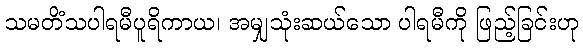
သမတိံသပါရမီပူရိကာယ၊ အမျှသုံးဆယ်သော ပါရမီကို ဖြည့်ခြင်းဟု